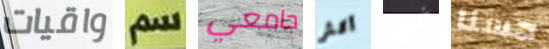
واقيات سم جامعي أكثر في حسنا